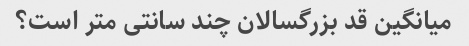
میانگین قد بزرگسالان چند سانتی متر است؟